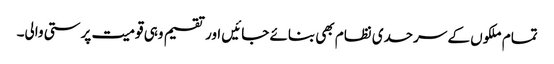
تمام ملکوں کے سرحدی نظام بھی بنائے جائیں اور تقسیم وہی قومیت پرستی والی۔